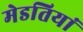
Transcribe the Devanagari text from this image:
मेडतियां